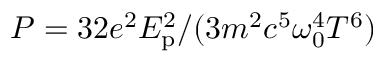
P = { 3 2 e ^ { 2 } E _ { \mathrm { p } } ^ { 2 } } / { ( 3 m ^ { 2 } c ^ { 5 } \omega _ { 0 } ^ { 4 } T ^ { 6 } ) }